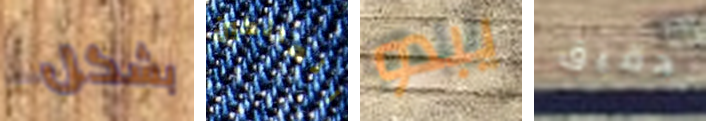
بشكل المالكين يبدو دقيق